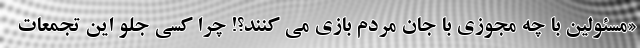
«مسئولین با چه مجوزی با جان مردم بازی می کنند؟! چرا کسی جلو این تجمعات